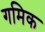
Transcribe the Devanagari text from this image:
गमिक